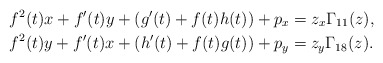
\begin{align*}& f^{2}(t)x+f^{\prime}(t)y+(g^{\prime}(t)+f(t)h(t))+p_{x}=z_{x}\Gamma_{11}(z),\\& f^{2}(t)y+f^{\prime}(t)x+(h^{\prime}(t)+f(t)g(t))+p_{y}=z_{y}\Gamma_{18}(z). \end{align*}